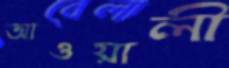
আওয়ালী